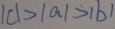
\vert c \vert > \vert a \vert > \vert b \vert